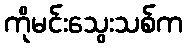
ကိုမင်းသွေးသစ်က